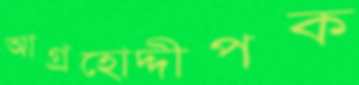
আগ্রহোদ্দীপক